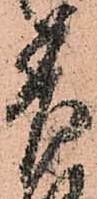
差